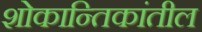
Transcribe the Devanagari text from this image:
शोकान्तिकांतील